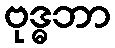
ဗုဒ္ဓဘာ